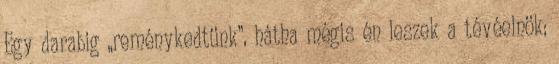
Egy darabig „reménykedtünk”, hátha mégis én leszek a tévéelnök;